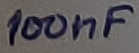
Text: 100nF